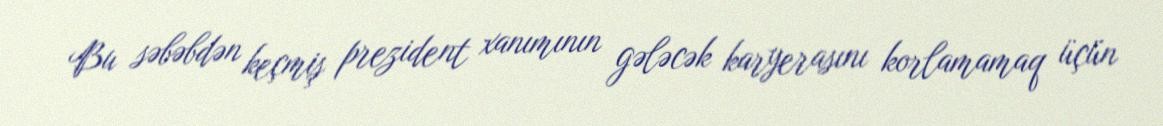
Bu səbəbdən keçmiş prezident xanımının gələcək karyerasını korlamamaq üçün